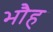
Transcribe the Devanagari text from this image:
भौह